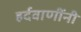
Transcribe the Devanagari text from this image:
हर्दवाणींनी